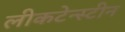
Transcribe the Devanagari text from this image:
लीकटेन्स्टीन